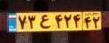
۷۳ع۴۲۴۴۲